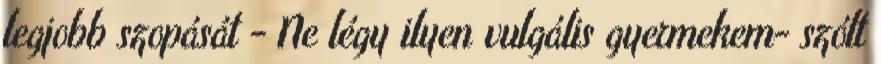
legjobb szopását - Ne légy ilyen vulgális gyermekem- szólt